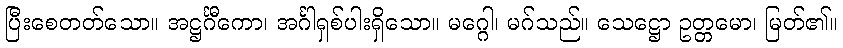
ပြီးစေတတ်သော။ အဋ္ဌင်္ဂီကော၊ အင်္ဂါရှစ်ပါးရှိသော။ မဂ္ဂေါ၊ မဂ်သည်။ သေဋ္ဌော ဥတ္တမော၊ မြတ်၏။